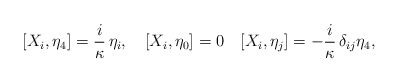
\begin{align*} [X_i, \eta_4] = \frac{i}\kappa\, \eta_i,\quad [X_i, \eta_0] =0 \quad [X_i, \eta_j] = -\frac{i}\kappa\,\delta_{ij} \eta_4,\end{align*}